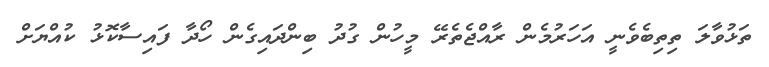
ތަޅުވާލަ ތިތިބެވެނީ އަަހަރުމެން ރާއްޖެތެރޭ މީހުން ގުދު ބިންދައިގެން ހޯދާ ފައިސާކޮޅު ކުއްޔަށް